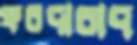
ফরদাবাদ